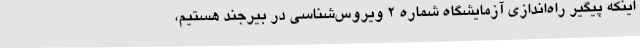
اینکه پیگیر راه‌اندازی آزمایشگاه شماره 2 ویروس‌شناسی در بیرجند هستیم،